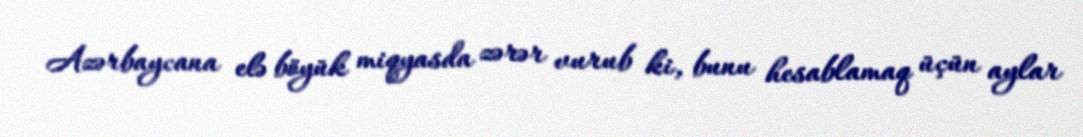
Azərbaycana elə böyük miqyasda zərər vurub ki, bunu hesablamaq üçün aylar